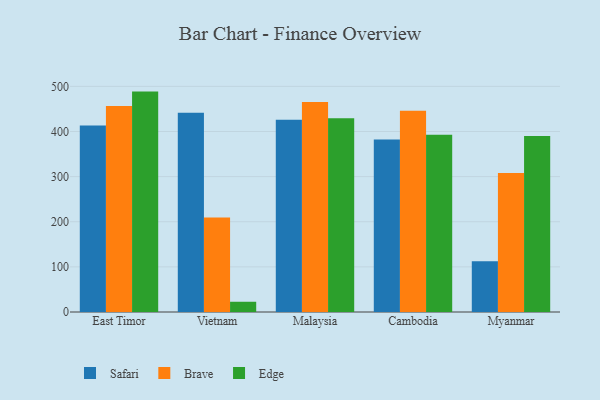
{"axis": {"x": "Country", "y": "Tickets Resolved"}, "legend": ["Brave", "Edge", "Safari"], "data": [{"x": "East Timor", "y": 413.2, "type": "Safari"}, {"x": "East Timor", "y": 456.7, "type": "Brave"}, {"x": "East Timor", "y": 488.4, "type": "Edge"}, {"x": "Vietnam", "y": 441.7, "type": "Safari"}, {"x": "Vietnam", "y": 209.5, "type": "Brave"}, {"x": "Vietnam", "y": 22.7, "type": "Edge"}, {"x": "Malaysia", "y": 426.0, "type": "Safari"}, {"x": "Malaysia", "y": 465.3, "type": "Brave"}, {"x": "Malaysia", "y": 429.1, "type": "Edge"}, {"x": "Cambodia", "y": 382.3, "type": "Safari"}, {"x": "Cambodia", "y": 445.7, "type": "Brave"}, {"x": "Cambodia", "y": 392.7, "type": "Edge"}, {"x": "Myanmar", "y": 112.2, "type": "Safari"}, {"x": "Myanmar", "y": 308.2, "type": "Brave"}, {"x": "Myanmar", "y": 390.2, "type": "Edge"}]}